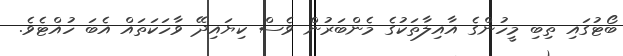
ބޯޓުގައި ތިބި މީހުންގެ އާއިލާތަކުގެ މެންބަރުން ވެސް ކިޔައިދޭ ވާހަކަތައް އެބަ ހުއްޓެވެ.